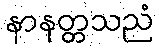
နာနတ္တသညံ